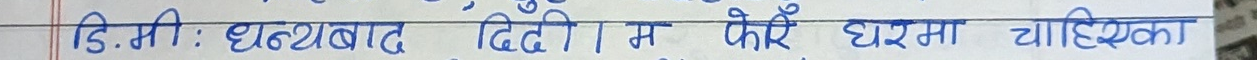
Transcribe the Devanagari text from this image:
डि.मी: धन्यवाद, दिदी। म फेरि घरमा चाहिएका